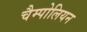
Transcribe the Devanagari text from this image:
चैम्पोलियन